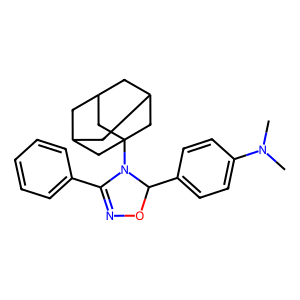
SMILES: CN(C)c1ccc(C2ON=C(c3ccccc3)N2C23CC4CC(CC(C4)C2)C3)cc1
Inhibits HIV replication: No